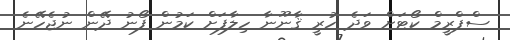
ސްޕްރީމް ކޯޓަށް ވަދެ ހުރީ ޤާނޫނާ ހިލާފަށް ކަމުން ފޯނު ދޭން ނުޖެހޭނެ